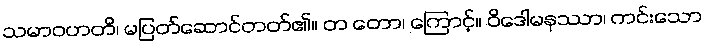
သမာဝဟတိ၊ မပြတ်ဆောင်တတ်၏။ တ တော၊ ကြောင့်။ ဝိဒေါမနဿာ၊ ကင်းသော